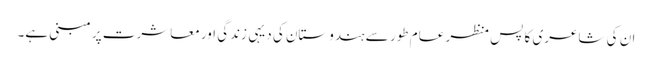
ان کی شاعری کا پس منظر عام طور سے ہندوستان کی دیہی زندگی اور معاشرت پر مبنی ہے۔